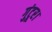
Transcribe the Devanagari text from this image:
गुंटूर।